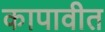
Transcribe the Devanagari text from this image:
कापावीत